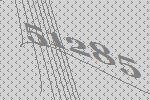
51285